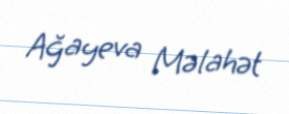
Ağayeva Məlahət